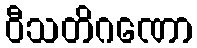
ဝီသတိဂဏော